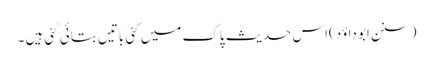
(سنن ابوداؤد)اس حدیث پاک میں کئی باتیں بتائی گئی ہیں ۔